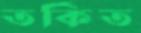
তর্কিত